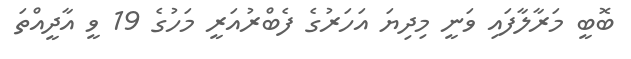
ބޮބީ މަރާލާފައި ވަނީ މިދިޔަ އަހަރުގެ ފެބްރުއަރީ މަހުގެ 19 ވީ އާދީއްތަ